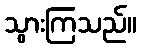
သွားကြသည်။